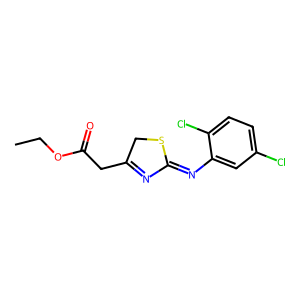
SMILES: CCOC(=O)CC1=NC(=Nc2cc(Cl)ccc2Cl)SC1
Inhibits HIV replication: No